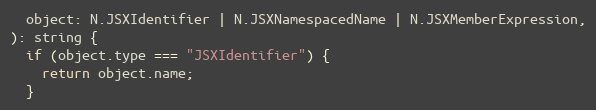
Language: JavaScript
  object: N.JSXIdentifier | N.JSXNamespacedName | N.JSXMemberExpression,
): string {
  if (object.type === "JSXIdentifier") {
    return object.name;
  }